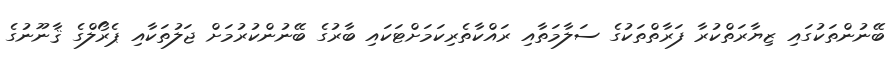
ބޭނުންތަކުގައި ޒިޔާރަތްކުރާ ފަރާތްތަކުގެ ސަލާމަތާއި ރައްކާތެރިކަމަށްޓަކައި ބާރުގެ ބޭނުންކުރުމަށް ޖަލުތަކާއި ޕެރޯލްގެ ޤާނޫނުގެ